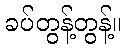
ခပ်တွန့်တွန့်။